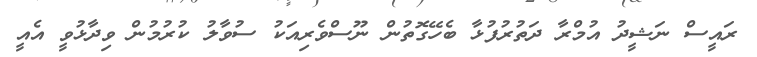
ރައީސް ނަޝީދު އުމްރާ ދަތުރުފުޅާ ބެހޭގޮތުން ނޫސްވެރިއަކު ސުވާލު ކުރުމުން ވިދާޅުވީ އެއީ